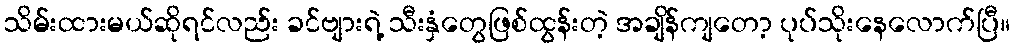
သိမ်းထားမယ်ဆိုရင်လည်း ခင်ဗျားရဲ့ သီးနှံတွေဖြစ်ထွန်းတဲ့ အချိန်ကျတော့ ပုပ်သိုးနေလောက်ပြီ။